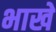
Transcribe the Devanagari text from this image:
भाखे